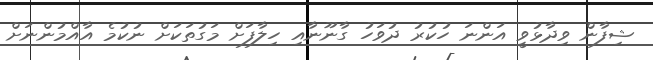
ޝިފާން ވިދާޅުވީ އަންނަ ހުކުރު ދުވަހު ގާނޫނާއި ހިލާފަށް މަގުތަކަށް ނުކުމެ އާއްމުންނަށް